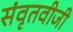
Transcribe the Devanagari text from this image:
संवृतवीजी